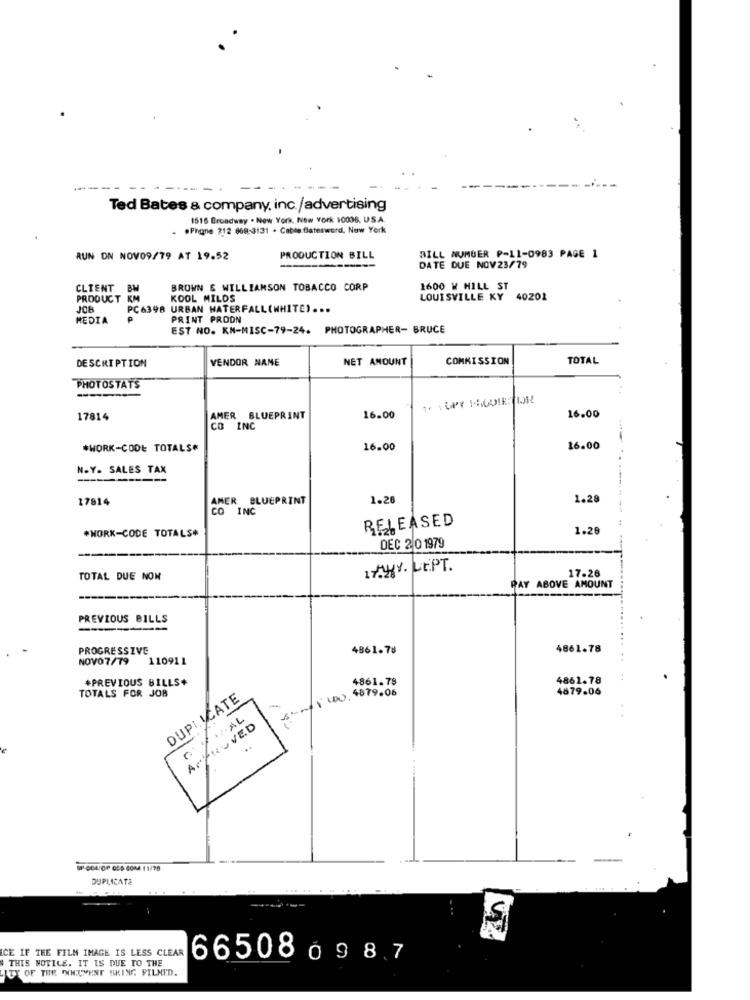
----
Ted Bates & company, inc./advertising
1516 Broadway . New York, New York 10006, US.A.
.Phone 212 869-3131 . Cable Baterword, New York
RUN ON NOV09/79 AT 19.52
PRODUCTION BILL
BILL NUMBER P-11-0983 PAGE 1
DATE DUE NOV23/79
CLIENT BW
BROWN & WILLIAMSON TOBACCO CORP
1600 W HILL ST
PRODUCT KM
KOOL MILDS
LOUISVILLE KY 40201
JOB
PC6398 URBAN WATERFALL(WHITE) ...
MEDIA
PRINT PRODN
EST NO. KN-MISC-79-24. PHOTOGRAPHER- BRUCE
VENDOR NAME
NET AMOUNT
COMMISSION
TOTAL
DESCRIPTION
PHOTOSTATS
-
16.00
17814
AMER BLUEPRINT
16.00
INC
*WORK-CODE TOTALS*
16.00
16.00
N.Y. SALES TAX
17814
AMER BLUEPRINT
1.20
1.28
CO INC
RELEASED
*WORK-CODE TOTALS*
1.26
DEC 2 01979
1AV. CE.PT.
17.26
TOTAL DUE NON
PAY ABOVE AMOUNT
PREVIOUS BILLS
PROGRESSIVE
4861.78
4861.78
NOV07/79 110911
4861.78
4861.78
TOTALS FOR JOB
*PREVIOUS BILLS+
5:001 100,4879.06
4879.06
DUPLICATE
APPROVED
..
SP-OGL'OP OSS COM 11/28
DUPLICATE
1
----
CE IF THE FILM IMAGE IS LESS CLEAR
4 THIS NOTICE. IT IS DUE TO THE
665080987
LITY OF THE DOCUMENT SKING FILMED.